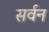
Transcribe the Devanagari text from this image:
सर्वन